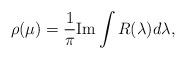
LaTeX: \begin{align*}\rho (\mu ) = \frac{1}{\pi} {\rm Im} \int R(\lambda ) d\lambda ,\end{align*}